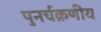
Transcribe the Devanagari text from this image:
पुनर्चक्रणीय